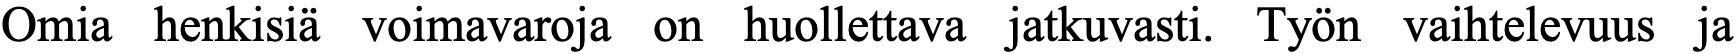
Omia henkisiä voimavaroja on huollettava jatkuvasti. Työn vaihtelevuus ja